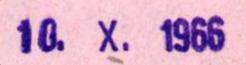
10. X. 1966